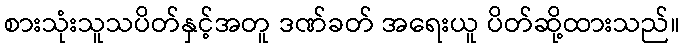
စားသုံးသူသပိတ်နှင့်အတူ ဒဏ်ခတ် အရေးယူ ပိတ်ဆို့ထားသည်။